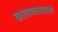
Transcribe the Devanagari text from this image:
कालव्यासारखे